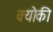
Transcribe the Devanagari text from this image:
क्यॊंकी